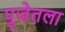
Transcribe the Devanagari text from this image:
पूजेतला